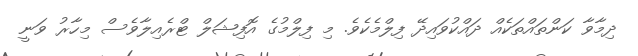
ދިމާވާ ކަންތައްތަކެއް ދައްކުވައިދޭ ފިލްމެކެވެ. މި ފިލްމުގެ އޮފިޝަލް ޓްރެއިލާވެސް މިހާރު ވަނީ